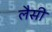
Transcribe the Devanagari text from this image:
लैसी